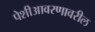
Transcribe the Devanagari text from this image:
पेशीआवरणावरील